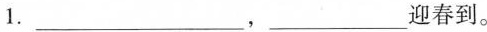
1.___，___迎春到。